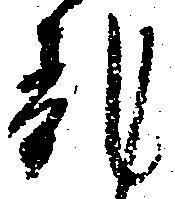
乱